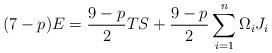
LaTeX: \begin{align*}(7-p) E = \frac{9-p}{2} TS + \frac{9-p}{2} \sum_{i=1}^n \Omega_iJ_i\end{align*}